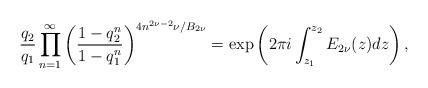
LaTeX: \begin{align*}\frac{q_2}{q_1}\prod^{\infty}_{n=1}\left(\frac{1-q_2^n}{1-q_1^n}\right)^{4n^{2\nu-2}\nu/B_{2\nu}}=\exp\left(2\pi i\int^{z_2}_{z_1}E_{2\nu}(z)dz\right),\end{align*}